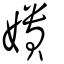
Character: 嬇